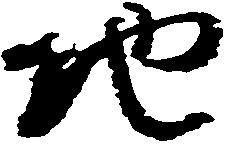
地